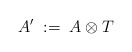
\begin{align*}A'\; :=\; A\otimes T\end{align*}